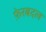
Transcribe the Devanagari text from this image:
फ़ेरबदल